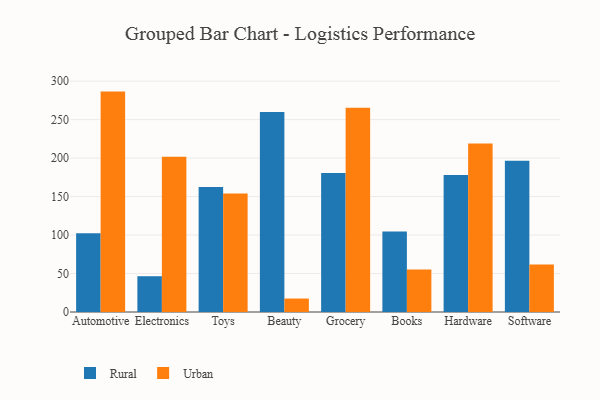
{"axis": {"x": "Category", "y": "Temperature (°C)"}, "legend": ["Rural", "Urban"], "data": [{"x": "Automotive", "y": 102.3, "type": "Rural"}, {"x": "Automotive", "y": 286.4, "type": "Urban"}, {"x": "Electronics", "y": 46.5, "type": "Rural"}, {"x": "Electronics", "y": 201.6, "type": "Urban"}, {"x": "Toys", "y": 162.5, "type": "Rural"}, {"x": "Toys", "y": 154.1, "type": "Urban"}, {"x": "Beauty", "y": 259.8, "type": "Rural"}, {"x": "Beauty", "y": 17.5, "type": "Urban"}, {"x": "Grocery", "y": 180.5, "type": "Rural"}, {"x": "Grocery", "y": 265.3, "type": "Urban"}, {"x": "Books", "y": 104.7, "type": "Rural"}, {"x": "Books", "y": 55.2, "type": "Urban"}, {"x": "Hardware", "y": 177.9, "type": "Rural"}, {"x": "Hardware", "y": 218.9, "type": "Urban"}, {"x": "Software", "y": 196.7, "type": "Rural"}, {"x": "Software", "y": 61.7, "type": "Urban"}]}